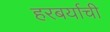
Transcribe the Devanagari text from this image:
हरबर्याची